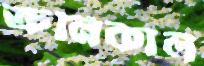
ক্রনিকাল